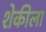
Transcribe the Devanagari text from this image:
शेकीला